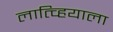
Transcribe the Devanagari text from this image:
लात्व्हियाला